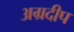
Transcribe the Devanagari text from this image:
अग्रदीप